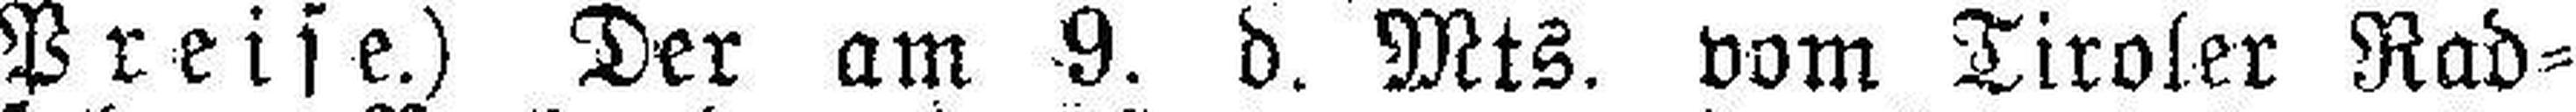
Preise.) Der am 9. d. Mts. vom Tiroler Rad¬